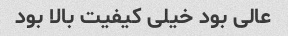
عالی بود خیلی کیفیت بالا بود